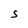
Character: S